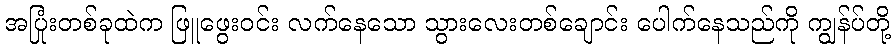
အပြုံးတစ်ခုထဲက ဖြူဖွေးဝင်း လက်နေသော သွားလေးတစ်ချောင်း ပေါက်နေသည်ကို ကျွန်ပ်တို့